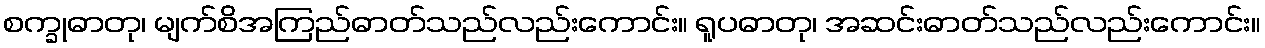
စက္ခုဓာတု၊ မျက်စိအကြည်ဓာတ်သည်လည်းကောင်း။ ရူပဓာတု၊ အဆင်းဓာတ်သည်လည်းကောင်း။